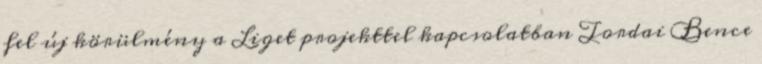
fel új körülmény a Liget projekttel kapcsolatban Tordai Bence